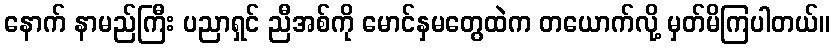
နောက် နာမည်ကြီး ပညာရှင် ညီအစ်ကို မောင်နှမတွေထဲက တယောက်လို့ မှတ်မိကြပါတယ်။